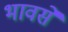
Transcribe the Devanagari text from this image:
भावसे